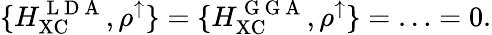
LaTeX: \{ H_{\mathrm{XC}}^{\mathrm{~L~D~A~}},\rho^{\uparrow}\} =\{ H_{\mathrm{XC}}^{\mathrm{~G~G~A~}},\rho^{\uparrow}\} =\ldots=0.